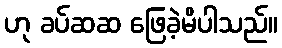
ဟု ခပ်ဆဆ ဖြေခဲ့မိပါသည်။